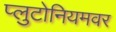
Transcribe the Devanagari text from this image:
प्लुटोनियमवर